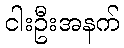
ငါးဦးအနက်